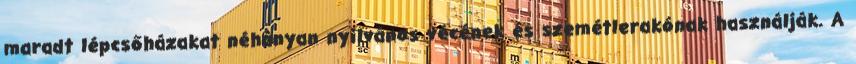
maradt lépcsőházakat néhányan nyilvános vécének és szemétlerakónak használják. A